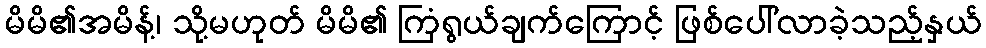
မိမိ၏အမိန့်၊ သို့မဟုတ် မိမိ၏ ကြံရွယ်ချက်ကြောင့် ဖြစ်ပေါ်လာခဲ့သည့်နှယ်